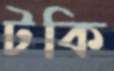
টকি